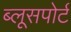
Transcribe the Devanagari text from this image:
ब्लूसपोर्ट